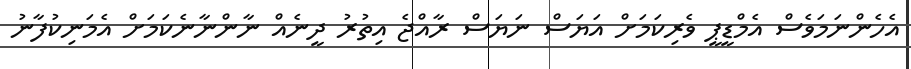
އެހެންނަމަވެސް އެމްޑީޕީ ވެރިކަމަށް އަޔަސް ނަޔަސް ރާއްޖެ އިތުރު ދީނެއް ނާންނާނެކަމަށް އެމަނިކުފާނު